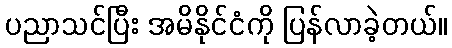
ပညာသင်ပြီး အမိနိုင်ငံကို ပြန်လာခဲ့တယ်။